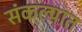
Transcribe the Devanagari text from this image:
संकल्पात